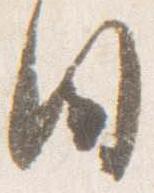
日